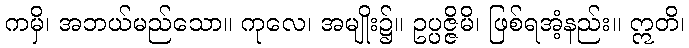
ကမှိ၊ အဘယ်မည်သော။ ကုလေ၊ အမျိုး၌။ ဥပ္ပဇ္ဇိမိ၊ ဖြစ်ရအံ့နည်း။ ဣတိ၊